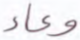
وعاء